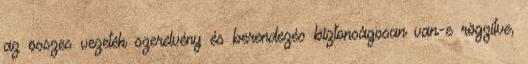
az összes vezeték szerelvény és berendezés biztonságosan van-e rögzítve,